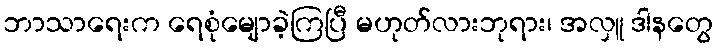
ဘာသာရေးက ရေစုံမျောခဲ့ကြပြီ မဟုတ်လားဘုရား၊ အလှူ ဒါနတွေ